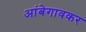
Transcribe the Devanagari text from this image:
आंबेगावकर